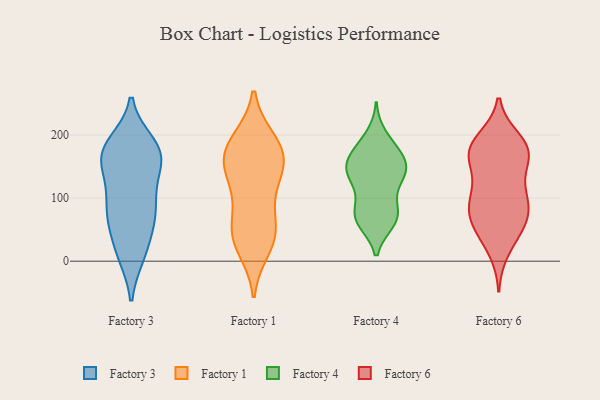
{"axis": {"x": "Conversion Rate (%)", "y": "Value"}, "legend": ["Factory 1", "Factory 3", "Factory 4", "Factory 6"], "data": [{"x": "", "y": 69, "type": "Factory 3"}, {"x": "", "y": 165, "type": "Factory 3"}, {"x": "", "y": 180, "type": "Factory 3"}, {"x": "", "y": 120, "type": "Factory 3"}, {"x": "", "y": 155, "type": "Factory 3"}, {"x": "", "y": 170, "type": "Factory 3"}, {"x": "", "y": 68, "type": "Factory 3"}, {"x": "", "y": 156, "type": "Factory 3"}, {"x": "", "y": 94, "type": "Factory 3"}, {"x": "", "y": 175, "type": "Factory 3"}, {"x": "", "y": 186, "type": "Factory 3"}, {"x": "", "y": 174, "type": "Factory 3"}, {"x": "", "y": 70, "type": "Factory 3"}, {"x": "", "y": 11, "type": "Factory 3"}, {"x": "", "y": 19, "type": "Factory 3"}, {"x": "", "y": 70, "type": "Factory 3"}, {"x": "", "y": 12, "type": "Factory 3"}, {"x": "", "y": 109, "type": "Factory 3"}, {"x": "", "y": 21, "type": "Factory 1"}, {"x": "", "y": 58, "type": "Factory 1"}, {"x": "", "y": 155, "type": "Factory 1"}, {"x": "", "y": 46, "type": "Factory 1"}, {"x": "", "y": 174, "type": "Factory 1"}, {"x": "", "y": 191, "type": "Factory 1"}, {"x": "", "y": 34, "type": "Factory 1"}, {"x": "", "y": 47, "type": "Factory 1"}, {"x": "", "y": 163, "type": "Factory 1"}, {"x": "", "y": 191, "type": "Factory 1"}, {"x": "", "y": 118, "type": "Factory 1"}, {"x": "", "y": 162, "type": "Factory 1"}, {"x": "", "y": 104, "type": "Factory 1"}, {"x": "", "y": 147, "type": "Factory 1"}, {"x": "", "y": 199, "type": "Factory 4"}, {"x": "", "y": 162, "type": "Factory 4"}, {"x": "", "y": 67, "type": "Factory 4"}, {"x": "", "y": 166, "type": "Factory 4"}, {"x": "", "y": 70, "type": "Factory 4"}, {"x": "", "y": 145, "type": "Factory 4"}, {"x": "", "y": 66, "type": "Factory 4"}, {"x": "", "y": 130, "type": "Factory 4"}, {"x": "", "y": 89, "type": "Factory 4"}, {"x": "", "y": 66, "type": "Factory 4"}, {"x": "", "y": 92, "type": "Factory 4"}, {"x": "", "y": 140, "type": "Factory 4"}, {"x": "", "y": 145, "type": "Factory 4"}, {"x": "", "y": 153, "type": "Factory 4"}, {"x": "", "y": 138, "type": "Factory 4"}, {"x": "", "y": 129, "type": "Factory 4"}, {"x": "", "y": 62, "type": "Factory 4"}, {"x": "", "y": 181, "type": "Factory 4"}, {"x": "", "y": 178, "type": "Factory 4"}, {"x": "", "y": 135, "type": "Factory 6"}, {"x": "", "y": 116, "type": "Factory 6"}, {"x": "", "y": 88, "type": "Factory 6"}, {"x": "", "y": 17, "type": "Factory 6"}, {"x": "", "y": 50, "type": "Factory 6"}, {"x": "", "y": 71, "type": "Factory 6"}, {"x": "", "y": 96, "type": "Factory 6"}, {"x": "", "y": 42, "type": "Factory 6"}, {"x": "", "y": 99, "type": "Factory 6"}, {"x": "", "y": 166, "type": "Factory 6"}, {"x": "", "y": 59, "type": "Factory 6"}, {"x": "", "y": 70, "type": "Factory 6"}, {"x": "", "y": 165, "type": "Factory 6"}, {"x": "", "y": 170, "type": "Factory 6"}, {"x": "", "y": 193, "type": "Factory 6"}, {"x": "", "y": 174, "type": "Factory 6"}, {"x": "", "y": 189, "type": "Factory 6"}, {"x": "", "y": 175, "type": "Factory 6"}, {"x": "", "y": 93, "type": "Factory 6"}, {"x": "", "y": 178, "type": "Factory 6"}]}